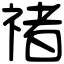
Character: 禇